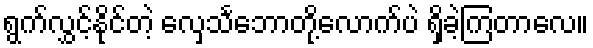
ရွက်လွှင့်နိုင်တဲ့ လှေသင်္ဘောတို့လောက်ပဲ ရှိခဲ့ကြတာလေ။